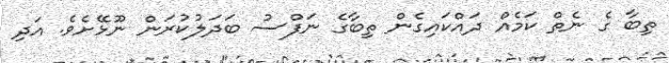
ތިބާ ގެ ނެތް ކަމެއް ދައްކައިގެން ތިބާގެ ނަފްސު ބަދަލުކުރަން ނޫޅޭށެވެ. އަދި